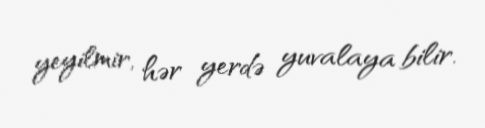
yeyilmir, hər yerdə yuvalaya bilir.